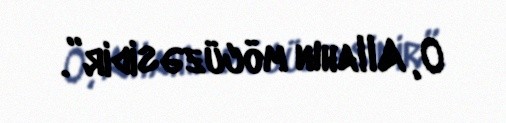
O, Allahın möcüzəsidir”.